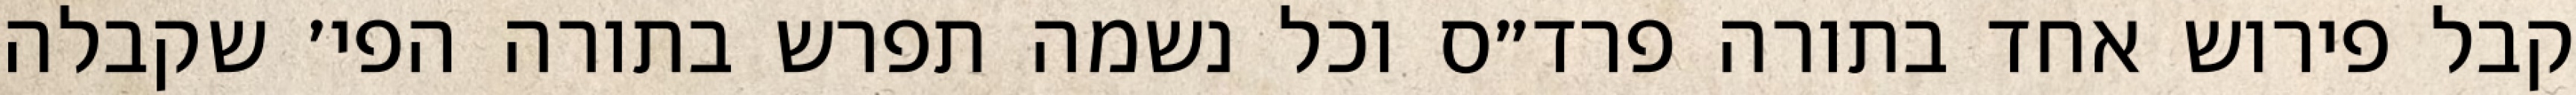
קבל פירוש אחד בתורה פרד״ס וכל נשמה תפרש בתורה הפי׳ שקבלה